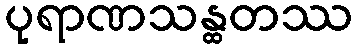
ပုရာဏသန္ထတဿ